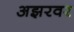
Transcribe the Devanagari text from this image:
अझरवर